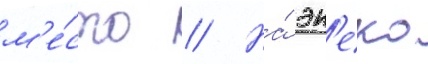
м'е́сто // На́ эн'еко